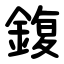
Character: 鍑